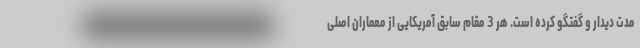
مدت دیدار و گفتگو کرده است. هر 3 مقام سابق آمریکایی از معماران اصلی